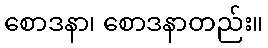
စောဒနာ၊ စောဒနာတည်း။